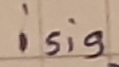
Text: isig